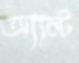
অ্যান্ট